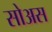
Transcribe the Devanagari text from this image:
सोअस